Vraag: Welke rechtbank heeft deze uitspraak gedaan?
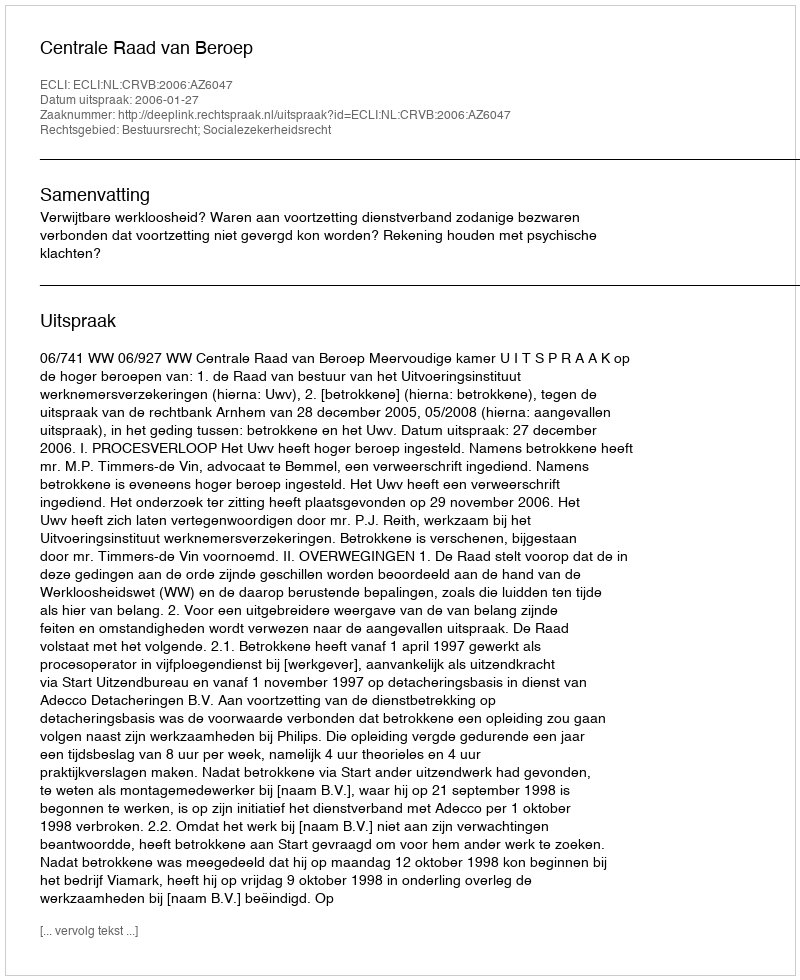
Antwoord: Centrale Raad van Beroep